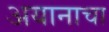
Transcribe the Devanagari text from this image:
अयानाचा